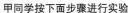
甲同学按下面步骤进行实验